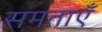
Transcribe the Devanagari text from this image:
समताएँ